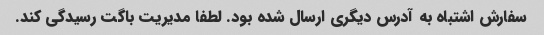
سفارش اشتباه به آدرس دیگری ارسال شده بود. لطفا مدیریت باگت رسیدگی کند.